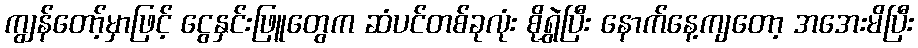
ကျွန်တော့်မှာဖြင့် ငွေနှင်းဖြူတွေက ဆံပင်တစ်ခုလုံး စိုရွှဲပြီး နောက်နေ့ကျတော့ အအေးမိပြီး